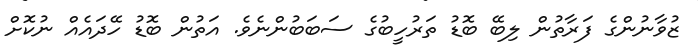
ޒުވާނުންގެ ފަރާތުން ލިބޭ ބޮޑު ތަރުހީބުގެ ސަބަބުންނެވެ. އަތުން ބޮޑު ހޭދައެއް ނުކޮށް